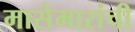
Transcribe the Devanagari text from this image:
मासेमारांची